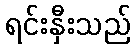
ရင်းနှီးသည်